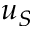
u _ { S }